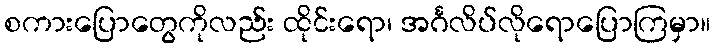
စကားပြောတွေကိုလည်း ထိုင်းရော၊ အင်္ဂလိပ်လိုရောပြောကြမှာ။